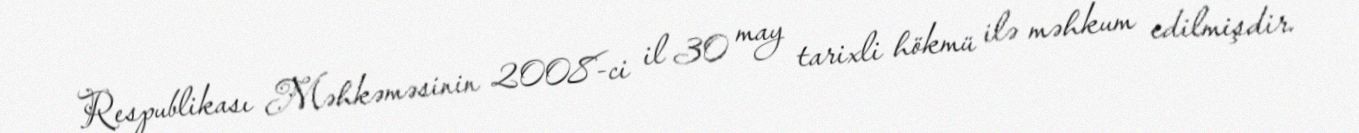
Respublikası Məhkəməsinin 2008-ci il 30 may tarixli hökmü ilə məhkum edilmişdir.